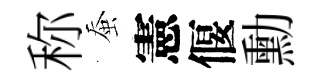
称蚕憲偃勳